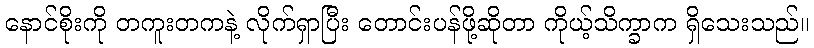
နောင်စိုးကို တကူးတကနဲ့ လိုက်ရှာပြီး တောင်းပန်ဖို့ဆိုတာ ကိုယ့်သိက္ခာက ရှိသေးသည်။